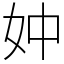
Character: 妕